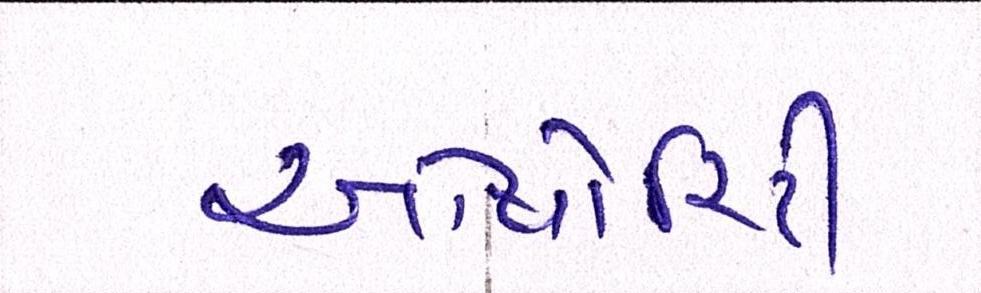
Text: ઓથોરિટી